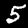
Digit: 5